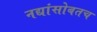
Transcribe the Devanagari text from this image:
नद्यांसोबतच